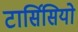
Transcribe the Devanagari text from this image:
टार्सिसियो